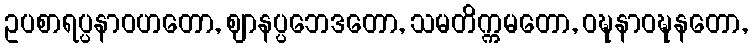
ဥပစာရပ္ပနာဝဟတော, ဈာနပ္ပဘေဒတော, သမတိက္ကမတော, ဝဍ္ဎနာဝဍ္ဎနတော,